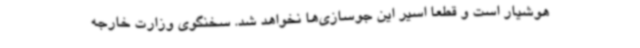
هوشیار است و قطعا اسیر این جوسازی‌ها نخواهد شد. سخنگوی وزارت خارجه